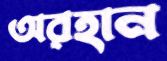
অরহান